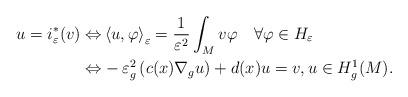
LaTeX: \begin{align*}u=i_{\varepsilon}^{\ast}(v)\Leftrightarrow & \left\langle u,\varphi\right\rangle _{\varepsilon}=\frac{1}{\varepsilon^{2}}\int_{M}v\varphi\quad\forall\varphi\in H_{\varepsilon}\\\Leftrightarrow & -\varepsilon^{2}_{g}\left( c(x)\nabla_{g}u\right) +d(x)u=v,u\in H_{g}^{1}(M).\end{align*}